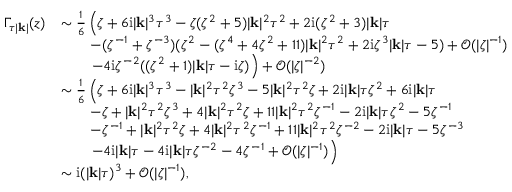
\begin{array} { r l } { \Gamma _ { \tau | \mathbf { k } | } ( z ) } & { \sim \frac { 1 } { 6 } \left( \zeta + 6 \mathrm { i } | \mathbf { k } | ^ { 3 } \tau ^ { 3 } - \zeta ( \zeta ^ { 2 } + 5 ) | \mathbf { k } | ^ { 2 } \tau ^ { 2 } + 2 \mathrm { i } ( \zeta ^ { 2 } + 3 ) | \mathbf { k } | \tau \right. } \\ & { \qquad - ( \zeta ^ { - 1 } + \zeta ^ { - 3 } ) ( \zeta ^ { 2 } - ( \zeta ^ { 4 } + 4 \zeta ^ { 2 } + 1 1 ) | \mathbf { k } | ^ { 2 } \tau ^ { 2 } + 2 \mathrm { i } \zeta ^ { 3 } | \mathbf { k } | \tau - 5 ) + \mathcal { O } ( | \zeta | ^ { - 1 } ) } \\ & { \qquad \left. - 4 \mathrm { i } \zeta ^ { - 2 } ( ( \zeta ^ { 2 } + 1 ) | \mathbf { k } | \tau - \mathrm { i } \zeta ) \right) + \mathcal { O } ( | \zeta | ^ { - 2 } ) } \\ & { \sim \frac { 1 } { 6 } \left( \zeta + 6 \mathrm { i } | \mathbf { k } | ^ { 3 } \tau ^ { 3 } - | \mathbf { k } | ^ { 2 } \tau ^ { 2 } \zeta ^ { 3 } - 5 | \mathbf { k } | ^ { 2 } \tau ^ { 2 } \zeta + 2 \mathrm { i } | \mathbf { k } | \tau \zeta ^ { 2 } + 6 \mathrm { i } | \mathbf { k } | \tau \right. } \\ & { \qquad - \zeta + | \mathbf { k } | ^ { 2 } \tau ^ { 2 } \zeta ^ { 3 } + 4 | \mathbf { k } | ^ { 2 } \tau ^ { 2 } \zeta + 1 1 | \mathbf { k } | ^ { 2 } \tau ^ { 2 } \zeta ^ { - 1 } - 2 \mathrm { i } | \mathbf { k } | \tau \zeta ^ { 2 } - 5 \zeta ^ { - 1 } } \\ & { \qquad - \zeta ^ { - 1 } + | \mathbf { k } | ^ { 2 } \tau ^ { 2 } \zeta + 4 | \mathbf { k } | ^ { 2 } \tau ^ { 2 } \zeta ^ { - 1 } + 1 1 | \mathbf { k } | ^ { 2 } \tau ^ { 2 } \zeta ^ { - 2 } - 2 \mathrm { i } | \mathbf { k } | \tau - 5 \zeta ^ { - 3 } } \\ & { \left. \qquad - 4 \mathrm { i } | \mathbf { k } | \tau - 4 \mathrm { i } | \mathbf { k } | \tau \zeta ^ { - 2 } - 4 \zeta ^ { - 1 } + \mathcal { O } ( | \zeta | ^ { - 1 } ) \right) } \\ & { \sim \mathrm { i } ( | \mathbf { k } | \tau ) ^ { 3 } + \mathcal { O } ( | \zeta | ^ { - 1 } ) , } \end{array}